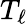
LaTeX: T_{\ell}